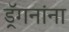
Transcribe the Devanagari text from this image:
ड्रॅगनांना